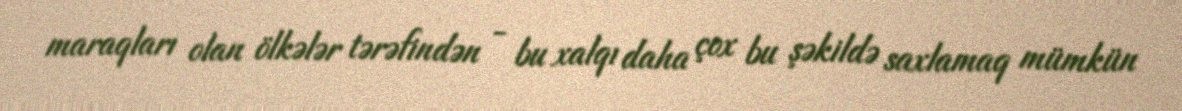
maraqları olan ölkələr tərəfindən - bu xalqı daha çox bu şəkildə saxlamaq mümkün